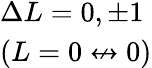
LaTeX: \begin{array}{l}{\Delta L=0,\pm 1}\\ {(L=0\not\leftrightarrow 0)}\end{array}